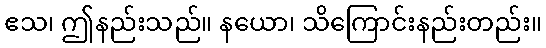
ဧသ၊ ဤနည်းသည်။ နယော၊ သိကြောင်းနည်းတည်း။